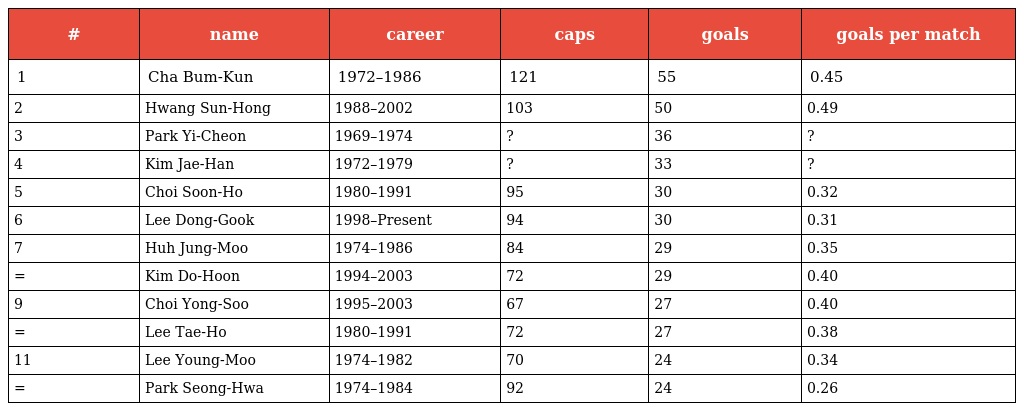
| # | name | career | caps | goals | goals per match |
 | --- | --- | --- | --- | --- | --- |
 | 1 | Cha Bum-Kun | 1972–1986 | 121 | 55 | 0.45 |
 | 2 | Hwang Sun-Hong | 1988–2002 | 103 | 50 | 0.49 |
 | 3 | Park Yi-Cheon | 1969–1974 | ? | 36 | ? |
 | 4 | Kim Jae-Han | 1972–1979 | ? | 33 | ? |
 | 5 | Choi Soon-Ho | 1980–1991 | 95 | 30 | 0.32 |
 | 6 | Lee Dong-Gook | 1998–Present | 94 | 30 | 0.31 |
 | 7 | Huh Jung-Moo | 1974–1986 | 84 | 29 | 0.35 |
 | = | Kim Do-Hoon | 1994–2003 | 72 | 29 | 0.40 |
 | 9 | Choi Yong-Soo | 1995–2003 | 67 | 27 | 0.40 |
 | = | Lee Tae-Ho | 1980–1991 | 72 | 27 | 0.38 |
 | 11 | Lee Young-Moo | 1974–1982 | 70 | 24 | 0.34 |
 | = | Park Seong-Hwa | 1974–1984 | 92 | 24 | 0.26 |